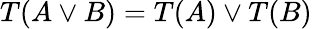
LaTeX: T(A\vee B)=T(A)\vee T(B)